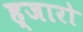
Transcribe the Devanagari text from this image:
ह्जारो